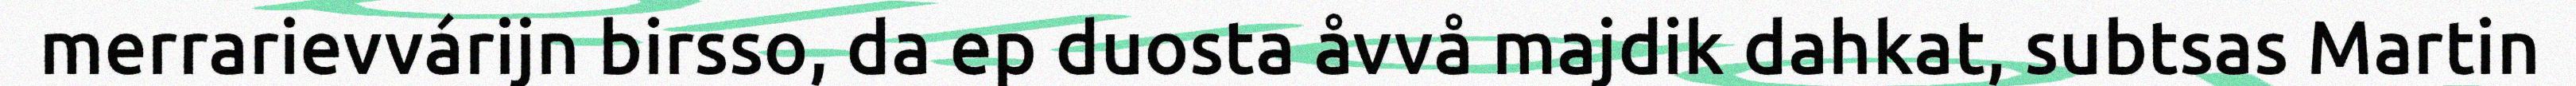
merrarievvárijn birsso, da ep duosta åvvå majdik dahkat, subtsas Martin